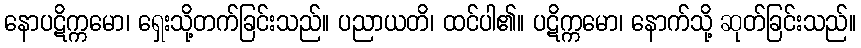
နောပဋိက္ကမော၊ ရှေးသို့တက်ခြင်းသည်။ ပညာယတိ၊ ထင်ပါ၏။ ပဋိက္ကမော၊ နောက်သို့ ဆုတ်ခြင်းသည်။